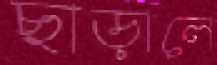
ছাড়ালে